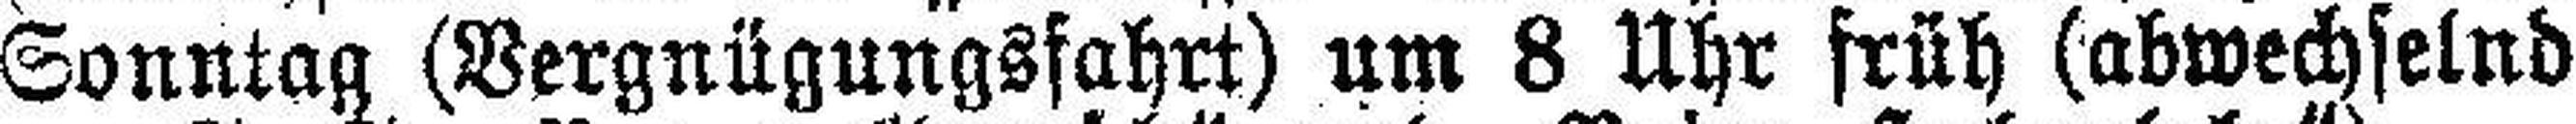
Sonntag (Vergnügungsfahrt) um 8 Uhr früh (abwechselnd